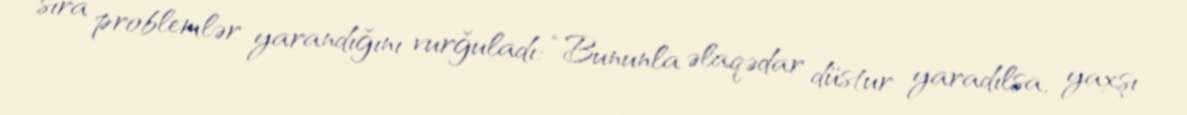
sıra problemlər yarandığını vurğuladı: “Bununla əlaqədar düstur yaradılsa, yaxşı